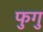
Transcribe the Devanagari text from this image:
फुगु